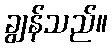
ချွန်သည်။